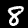
Label: 8